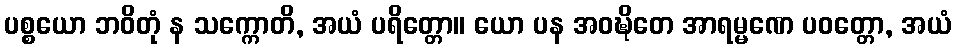
ပစ္စယော ဘဝိတုံ န သက္ကောတိ, အယံ ပရိတ္တော။ ယော ပန အဝဍ္ဎိတေ အာရမ္မဏေ ပဝတ္တော, အယံ